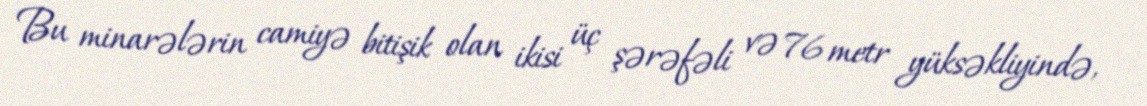
Bu minarələrin camiyə bitişik olan ikisi üç şərəfəli və 76 metr yüksəkliyində,